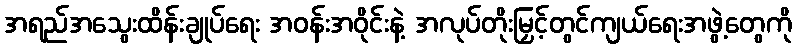
အရည်အသွေးထိန်းချုပ်ရေး အဝန်းအဝိုင်းနဲ့ အလုပ်တိုးမြှင့်တွင်ကျယ်ရေးအဖွဲ့တွေကို